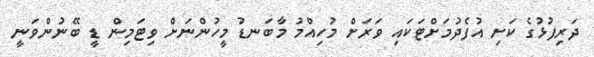
ދަރިފުޅުގެ ކަށި އުފެދުމަށްޓަކައި ވަރަށް މުހިއްމު މާބަނޑު މީހުންނަށް ވިޓަމިން ޑީ ބޭނުންވަނީ